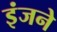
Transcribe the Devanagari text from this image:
इंजने